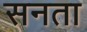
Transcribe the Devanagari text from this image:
सनता